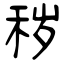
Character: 秽